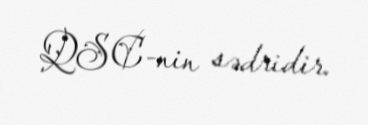
QSC-nin sədridir.